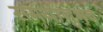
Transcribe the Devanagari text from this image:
समयानुभव